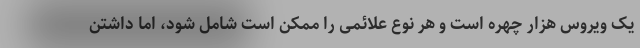
یک ویروس هزار چهره است و هر نوع علائمی را ممکن است شامل شود، اما داشتن